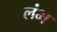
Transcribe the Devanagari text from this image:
लंभ